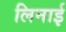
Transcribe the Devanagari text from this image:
लिनाई